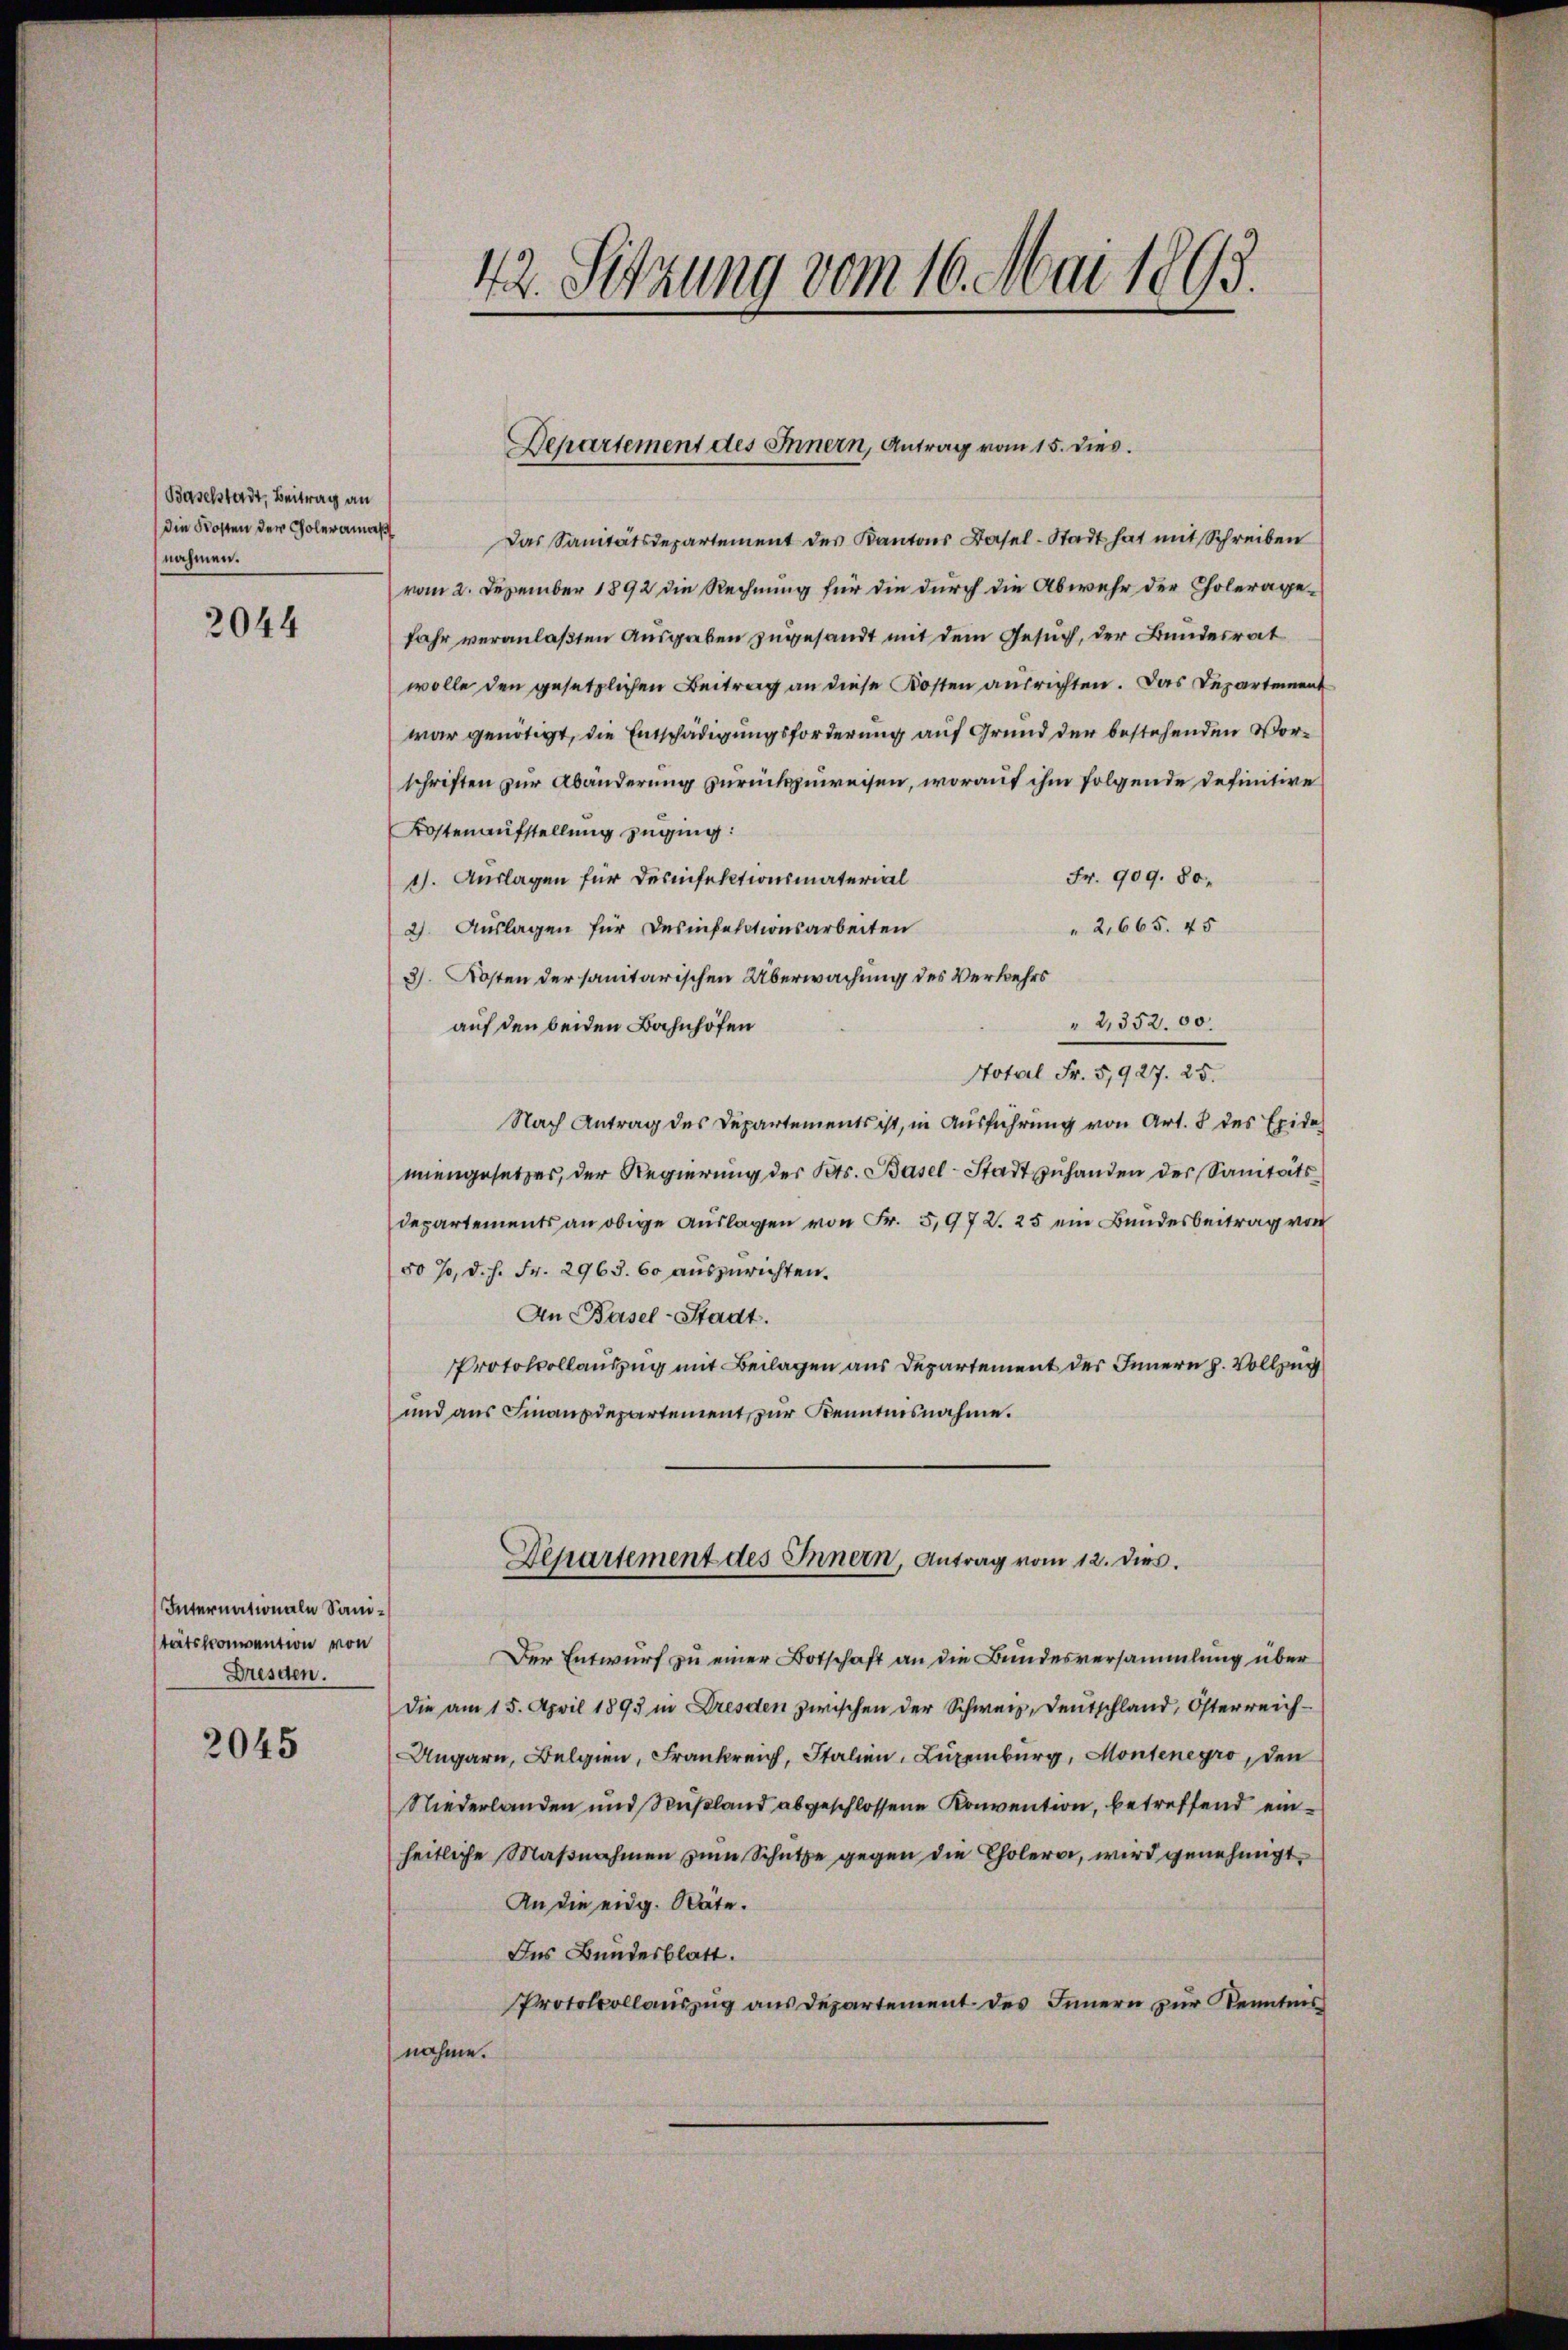
Baselstadt, Beitrag an
die Kosten der Choleramas
nahmen.

2044

Internationale Sanistätskompention von
Dresden.

2045

42. Setzung vom 16. Mai 1893.

Departement des Innern, Antrag vom 15. dies

Das Sanitätsdepartement des Kantons Basel-Stadt hat mit Schreiben
vom 2. Dezember 1892 die Rechnung für die durch die Abwehr der Cholerage¬
Jahr veranlaßten Ausgaben zugesandt mit dem Gesuch, der Bundesrat
wolle den gesetzlichen Beitrag an diese Kosten ausrichten. Das Departement
war genötigt, die Entschädigungsforderung auf Grund der bestehenden Vorschriften zur Abänderung zurückzuweisen, worauf ihm folgende definitive
Kostenaufstellung zuging:
Fr. 909. 80.
11. Auslagen für Desinfektionsmaterial
2,665. 45
2). Auslagen für Desinfelctionsarbeiten
3). Kosten der sanitarischen Überwachung des Verkehrs
" 2,352. 00.
auf den beiden Bahnhöfen
Hotal Fr. 5,927. 25.
Nach Antrag des Departements ist, in Ausführung von Art. 8 des Exide
mengesetzes, der Regierung des Kts. Basel-Stadt zuhanden der Sanitäts
departements an obige Auslagen von Fr. 5,972. 25 ein Bundesbeitrag von
(50 %, d. h. Fr. 2963. 60 auszurichten.
An Basel-Stadt.
Protokollauszug mit Beilagen aus Departement des Innern H. Vollzug
und aus Finanzdepartement zur Kenntnisnahme.
Departement des Innern, Antrag vom 12. dies.
Der Entwurf zu einer Botschaft an die Bundesversammlung über
die am 15. April 1893 in Dresden zwischen der Schweiz, Deutschland, Osterreich¬
Angarn, Belgien, Frankreich, Stalien, Luxenburg, Montenegro, den
Niederlanden und Rußland abgeschlossene Konvention, betreffend einheitliche Maβnahmen zum Schütze gegen die Cholera, wird genehmigt,
An die eidg. Stäte.
Das Bundesblatt.
Protokollauszug aus Departement des Innern zur Kenntnis
nahme.